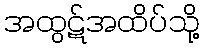
အထွဋ်အထိပ်သို့